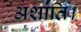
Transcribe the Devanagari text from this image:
अशांति।